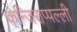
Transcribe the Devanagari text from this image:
कन्जिराप्पल्ली